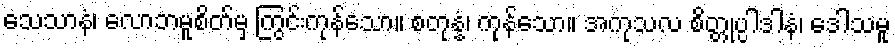
သေသာနံ၊ လောဘမူစိတ်မှ ကြွင်းကုန်သော။ စတုန္နံ၊ ကုန်သော။ အကုသလ စိတ္တုပ္ပါဒါနံ၊ ဒေါသမူ